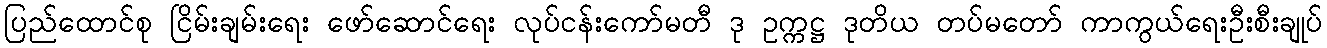
ပြည်ထောင်စု ငြိမ်းချမ်းရေး ဖော်ဆောင်ရေး လုပ်ငန်းကော်မတီ ဒု ဥက္ကဋ္ဌ ဒုတိယ တပ်မတော် ကာကွယ်ရေးဦးစီးချုပ်